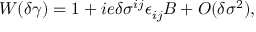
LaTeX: W ( \delta \gamma ) = 1 + i e \delta \sigma ^ { i j } \epsilon _ { i j } B + O ( \delta \sigma ^ { 2 } ) ,